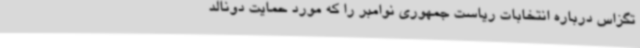
تگزاس درباره انتخابات ریاست جمهوری نوامبر را که مورد حمایت دونالد